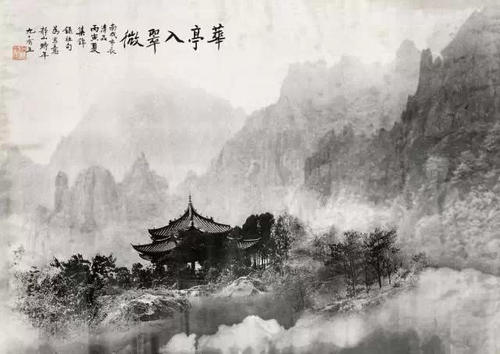
元嘉草草，封狼居胥，赢得仓皇北顾。